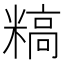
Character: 𬖰